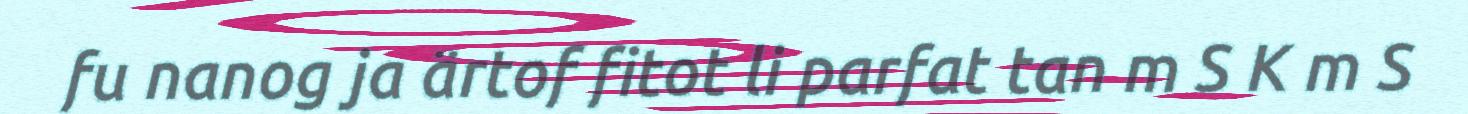
fu nanog ja ärtof fitot li parfat tan m S K m S